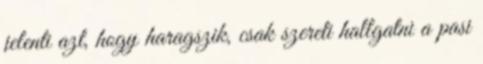
jelenti azt, hogy haragszik, csak szereti hallgatni a pasi